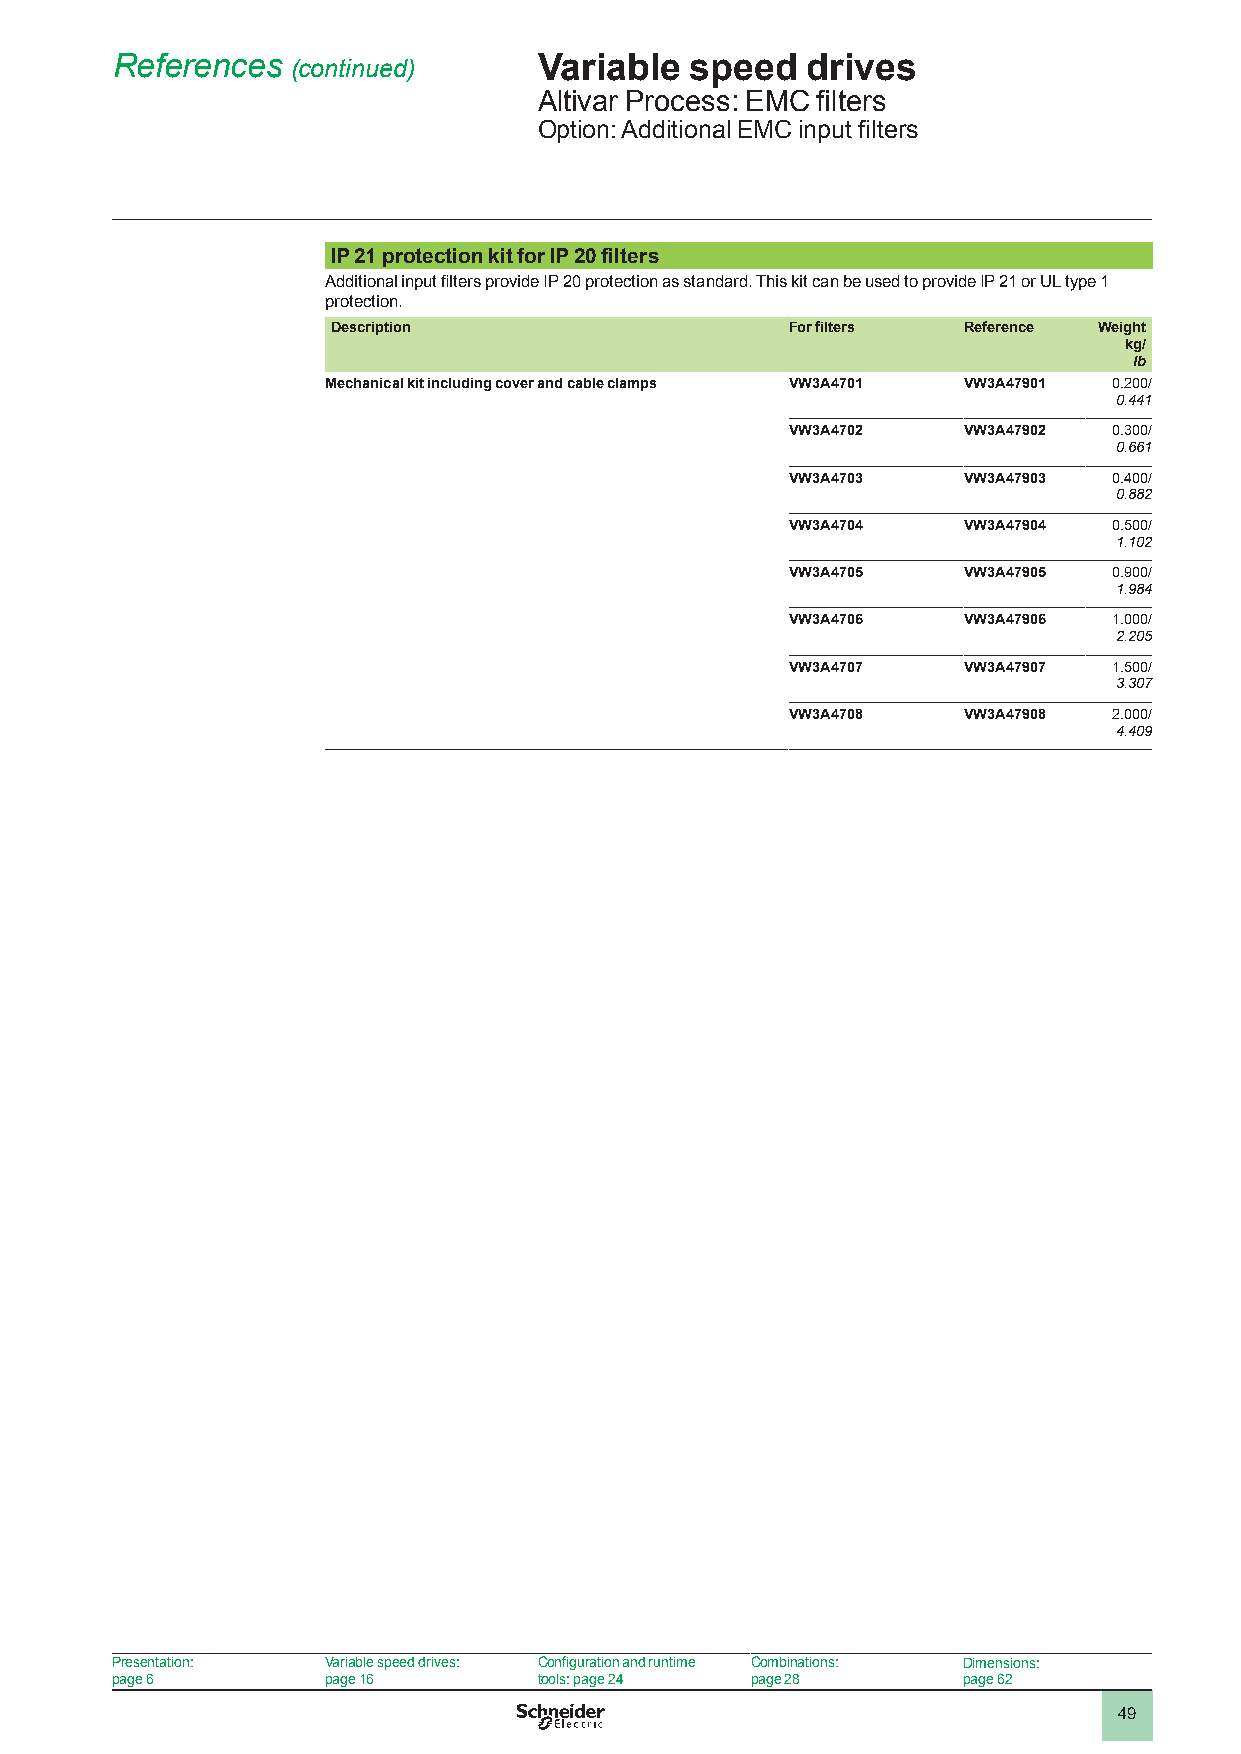
References  (continued)      Variable  speed  drives
 Altivar Process: EMC filters
 Option: Additional EMC input filters
 IP 21 protection kit for IP 20 filters
 Additional input filters provide IP 20 protection as standard. This kit can be used to provide IP 21 or UL type 1
 protection.
 Description                   For filters Reference Weight
 kg/
 lb
 Mechanical kit including cover and cable clamps VW3A4701 VW3A47901 0.200/
 0.441
 VW3A4702    VW3A47902 0.300/
 0.661
 VW3A4703    VW3A47903 0.400/
 0.882
 VW3A4704    VW3A47904 0.500/
 1.102
 VW3A4705    VW3A47905 0.900/
 1.984
 VW3A4706    VW3A47906 1.000/
 2.205
 VW3A4707    VW3A47907 1.500/
 3.307
 VW3A4708    VW3A47908 2.000/
 4.409
 Presentation:  Variable speed drives: Configuration and runtime Combinations: Dimensions:
 page 6         page 16       tools: page 24 page 28      page 62
 49